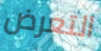
التعرض